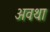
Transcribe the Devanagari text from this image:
अवथा